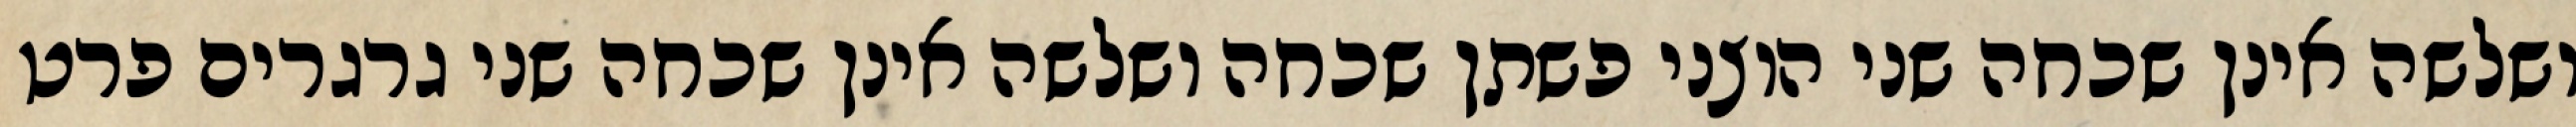
ושלשה אינן שכחה שני הוצני פשתן שכחה ושלשה אינן שכחה שני גרגרים פרט